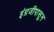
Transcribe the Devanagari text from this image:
इंग्रजीपासुन